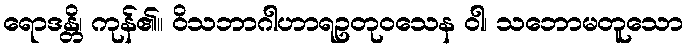
ရောဒန္တိ၊ ကုန်၏။ ဝိသဘာဂါဟာရဥတုဝသေန ဝါ၊ သဘောမတူသော